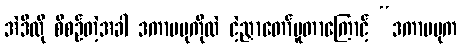
အဲဒီလို စီစဉ်တဲ့အခါ ဒကာမပုကိုလဲ ငဲ့ညှာတော်မူတာကြောင့် “ဒကာမပုက